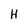
Character: H